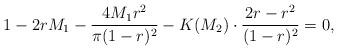
LaTeX: \begin{align*}1-2r M_{1}-\frac{4 M_{1}r^{2}}{\pi (1-r)^{2}} -K(M_{2})\cdot\frac{2r-r^{2}}{(1-r)^{2}}=0,\end{align*}